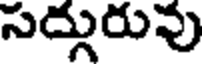
సద్గురువు